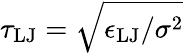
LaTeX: \tau_{\mathrm{LJ}}=\sqrt{\epsilon_{\mathrm{LJ}}/\sigma^{2}}